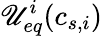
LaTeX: {\mathscr{U}_{eq}^{i}}(c_{s,i})